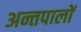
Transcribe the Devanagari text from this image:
अन्तपालों